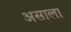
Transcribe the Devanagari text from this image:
असाला